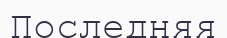
Последняя